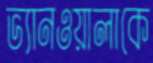
ভ্যানওয়ালাকে